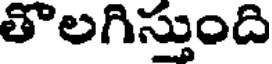
తొలగిస్తుంది